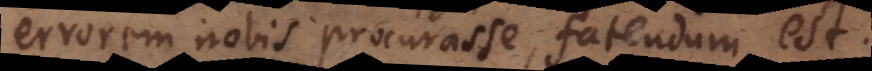
errorem nobis procurasse, fatendum est.